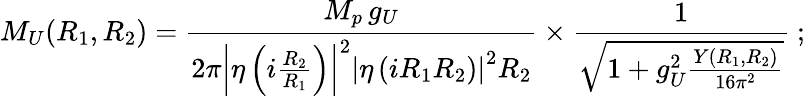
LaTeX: M_{U}(R_{1},R_{2})=\frac{M_{p}\, g_{U}}{{2\pi}\left|\eta\left(i\frac{R_{2}}{R_{1}}\right)\right|^{2}\left|\eta\left(iR_{1}R_{2}\right)\right|^{2}R_{2}}\times\frac{1}{\sqrt{1+g_{U}^{2}\frac{Y(R_{1},R_{2})}{16\pi^{2}}}}\ ;